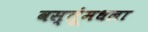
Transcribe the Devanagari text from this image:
वस्तूंमधला